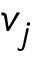
v _ { j }